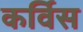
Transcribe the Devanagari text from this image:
कर्विस